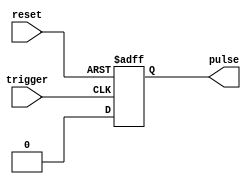
module Asynchronous_Pulse_Generator (
    input trigger,
    input reset,
    output reg pulse
);

reg [7:0] pulse_width = 8'h0; // default pulse width

always @(posedge trigger or posedge reset) begin
    if (reset) begin
        pulse <= 1'b0; // reset pulse signal
    end else begin
        pulse <= 1'b1; // set pulse signal high
        #pulse_width pulse <= 1'b0; // set pulse signal low after pulse width
    end
end

endmodule